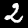
Digit: 2